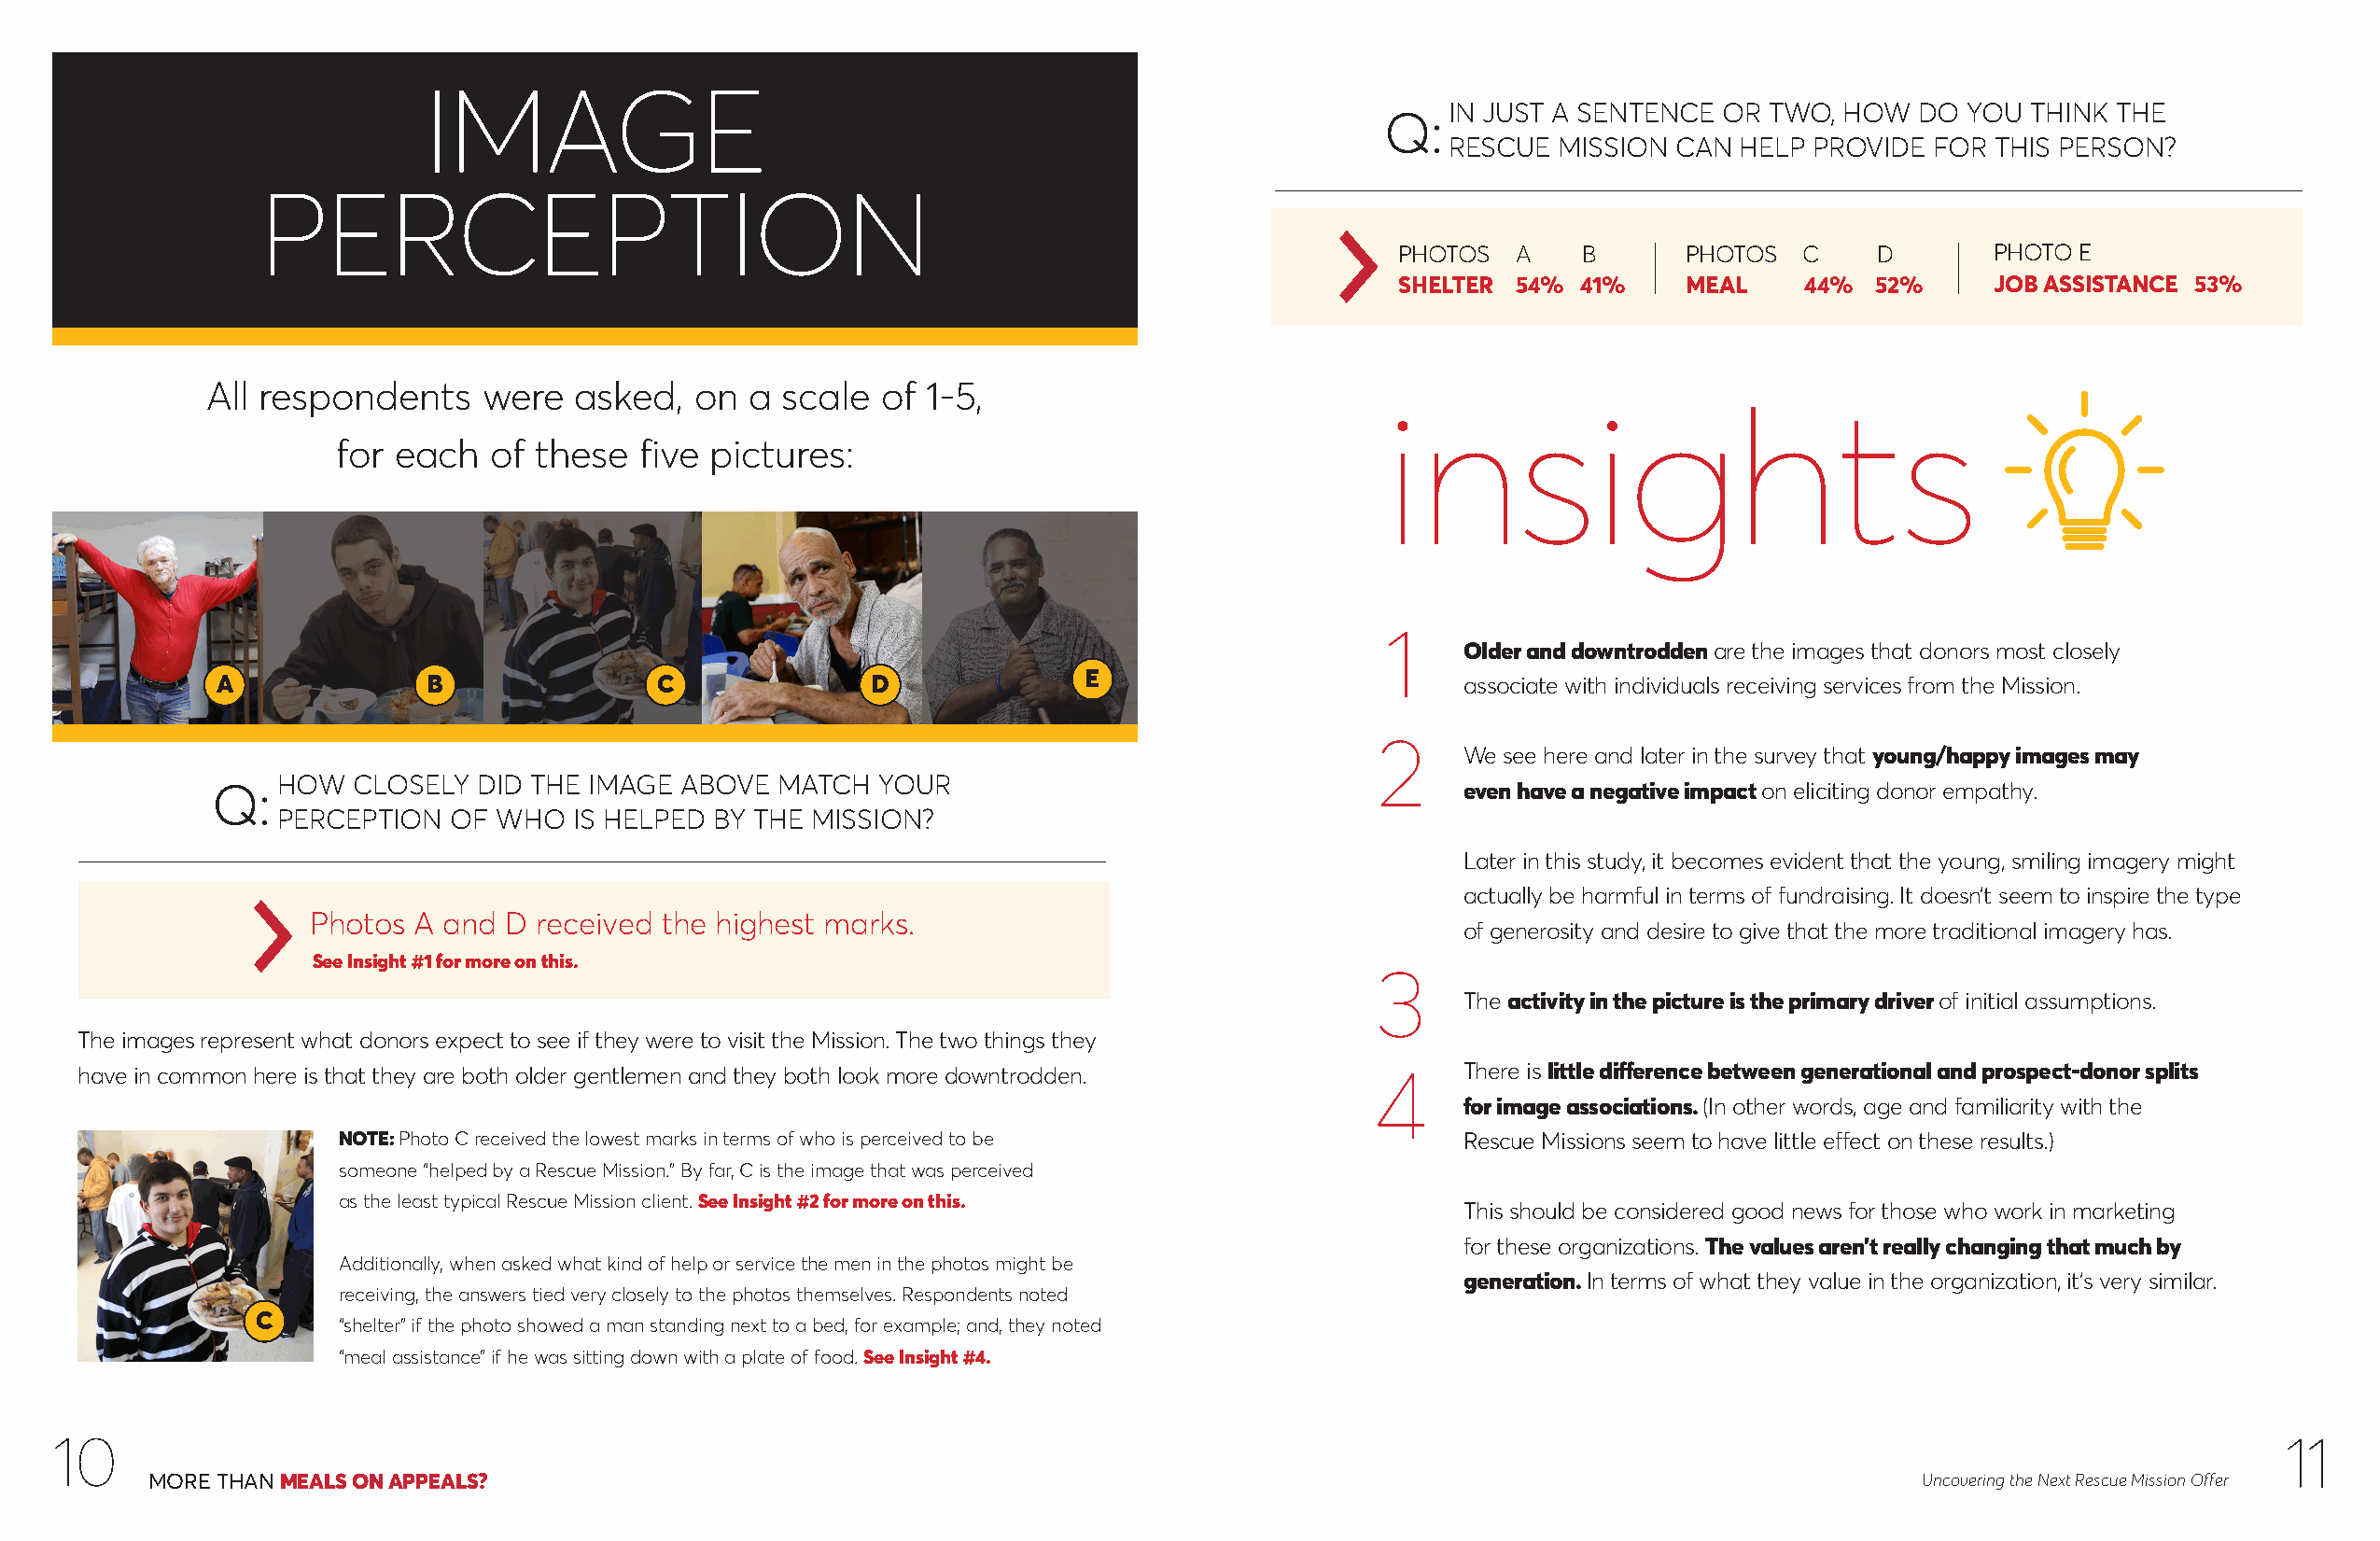
IMAGE
 IN JUST A SENTENCE OR TWO,  HOW  DO  YOU THINK THE
 Q:
 RESCUE  MISSION CAN HELP  PROVIDE FOR  THIS PERSON?
 PERCEPTION
 PHOTOS   A   B       PHOTOS  C    D       PHOTO E
 SHELTER  54% 41%     MEAL    44%  52%     JOB ASSISTANCE 53%
 All respondents    were   asked,  on  a scale  of  1-5,
 insights
 for each   of these  five pictures:
 1
 Older and downtrodden are the images that donors most closely
 A              B                C              D              E                          associate with individuals receiving services from the Mission.
 2
 We see here and later in the survey that young/happy images may
 Q:
 HOW  CLOSELY  DID THE IMAGE ABOVE  MATCH  YOUR
 even have a negative impact on eliciting donor empathy.
 PERCEPTION  OF WHO   IS HELPED BY THE MISSION?
 Later in this study, it becomes evident that the young, smiling imagery might
 actually be harmful in terms of fundraising. It doesn’t seem to inspire the type
 Photos A and  D received the highest marks.
 of generosity and desire to give that the more traditional imagery has.
 See Insight #1 for more on this.
 3
 The activity in the picture is the primary driver of initial assumptions.
 The images represent what donors expect to see if they were to visit the Mission. The two things they
 have in common here is that they are both older gentlemen and they both look more downtrodden. 4  There is little difference between generational and prospect-donor splits
 for image associations. (In other words, age and familiarity with the
 NOTE: Photo C received the lowest marks in terms of who is perceived to be      Rescue Missions seem to have little effect on these results.)
 someone “helped by a Rescue Mission.” By far, C is the image that was perceived
 as the least typical Rescue Mission client. See Insight #2 for more on this.
 This should be considered good news for those who work in marketing
 for these organizations. The values aren’t really changing that much by
 Additionally, when asked what kind of help or service the men in the photos might be
 generation. In terms of what they value in the organization, it’s very similar.
 receiving, the answers tied very closely to the photos themselves. Respondents noted
 C
 “shelter” if the photo showed a man standing next to a bed, for example; and, they noted
 “meal assistance” if he was sitting down with a plate of food. See Insight #4.
 10                                                                                                                                                            11
 MORE THAN MEALS ON APPEALS?                                                                                                  Uncovering the Next Rescue Mission Offer